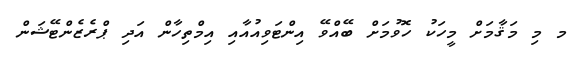
މ މި މަޤާމަށް މީހަކު ހޮވުމަށް ބޭއްވޭ އިންޓަވިއުއާއި އިމްތިހާން އަދި ޕްރެޒެންޓޭޝަން